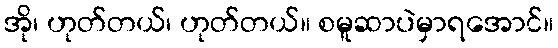
အို၊ ဟုတ်တယ်၊ ဟုတ်တယ်။ စမူဆာပဲမှာရအောင်။